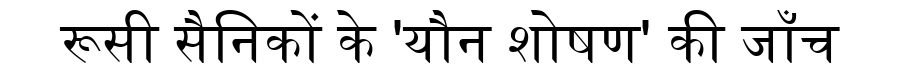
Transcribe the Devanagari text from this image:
रूसी सैनिकों के 'यौन शोषण' की जाँच